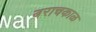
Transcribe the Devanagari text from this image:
बराचकाळ